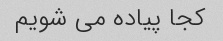
کجا پیاده می شویم